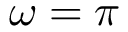
\omega = \pi